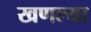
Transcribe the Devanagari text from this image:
खणल्या